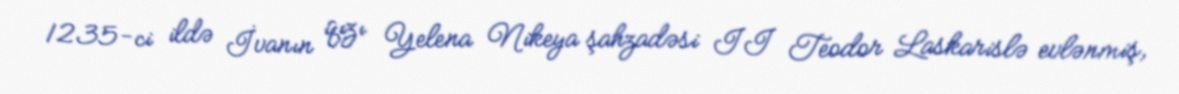
1235-ci ildə İvanın qızı Yelena Nikeya şahzadəsi II Teodor Laskarislə evlənmiş,